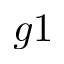
g 1